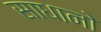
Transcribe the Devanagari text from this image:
साधानो